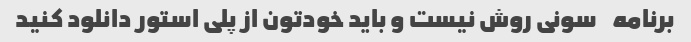
برنامه    سونی روش نیست و باید خودتون از پلی استور دانلود کنید